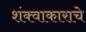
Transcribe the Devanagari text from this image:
शंक्वाकाराचे